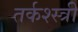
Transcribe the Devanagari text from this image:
तर्कश्स्त्री